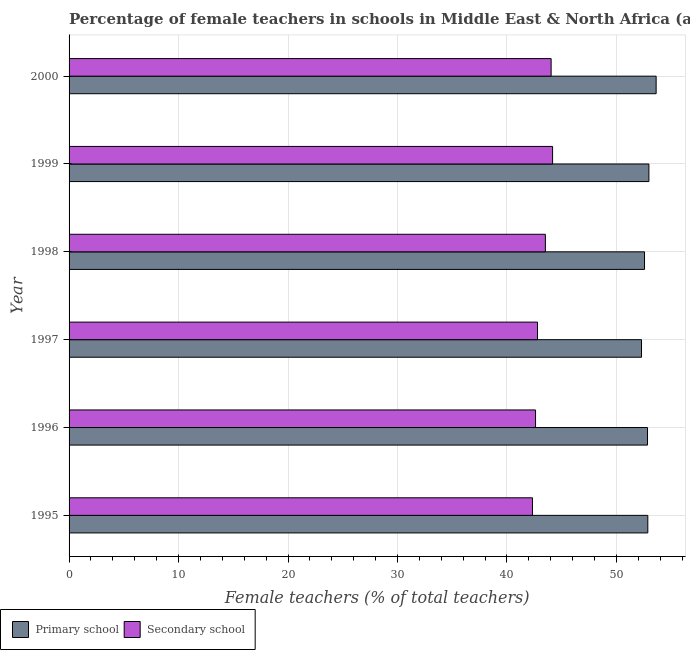
| Year | Primary school | Secondary school |
 | --- | --- | --- |
 | 1995 | 52.9 | 42.3 |
 | 1996 | 52.8 | 42.6 |
 | 1997 | 52.3 | 42.8 |
 | 1998 | 52.6 | 43.5 |
 | 1999 | 53 | 44.2 |
 | 2000 | 53.6 | 44 |